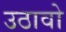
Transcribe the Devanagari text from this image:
उठावो